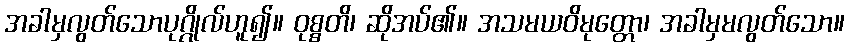
အခါမှလွတ်သောပုဂ္ဂိုလ်ဟူ၍။ ဝုစ္စတိ၊ ဆိုအပ်၏။ အသမယဝိမုတ္တော၊ အခါမှမလွတ်သော။